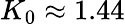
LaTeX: K_{0}\approx 1.44